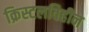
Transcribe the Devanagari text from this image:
क्रिस्टलविहीन